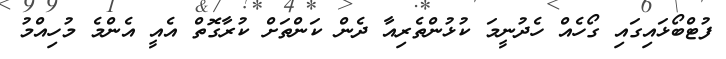
ފުޓްބޯޅައިގައި ގޯހެއް ހެދުނީމަ ކުޅުންތެރިއާ ދެން ކަންތަށް ކުރާގޮތް އެއީ އެންމެ މުހިއްމު